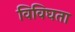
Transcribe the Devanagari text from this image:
विविघता